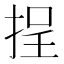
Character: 挰